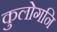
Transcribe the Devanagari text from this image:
कुलोगनि